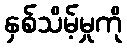
နှစ်သိမ့်မှုကို